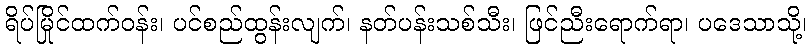
ရိပ်မြိုင်ထက်ဝန်း၊ ပင်စည်ထွန်းလျက်၊ နတ်ပန်းသစ်သီး၊ ဖြင်ညီးရောက်ရာ၊ ပဒေသာသို့၊